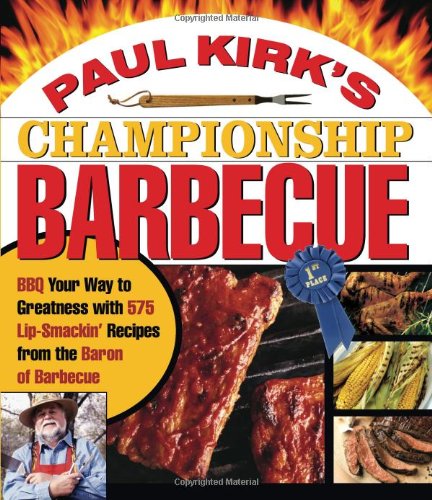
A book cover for Paul Kirk's Championship Barbecue: Barbecue Your Way to Greatness With 575 Lip-Smackin' Recipes from the Baron of Barbecue; Paul Kirk; Cookbooks, Food & Wine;